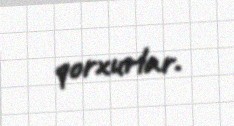
qorxurlar.